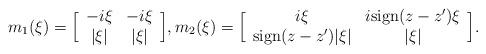
LaTeX: \begin{align*}m_1(\xi)=\Big[\begin{array}{cc}-i\xi & -i\xi\\|\xi| & |\xi| \\\end{array}\Big], m_2(\xi) = \Big[ \begin{array}{cc}i \xi & i\textup{sign}(z-z') \xi\\\textup{sign}(z-z')|\xi| & |\xi|\\ \end{array}\Big].\end{align*}